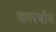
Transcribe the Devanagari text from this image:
कारबॉय